Medical and sanitary report on the native army of Bombay for the year
Year: 1878
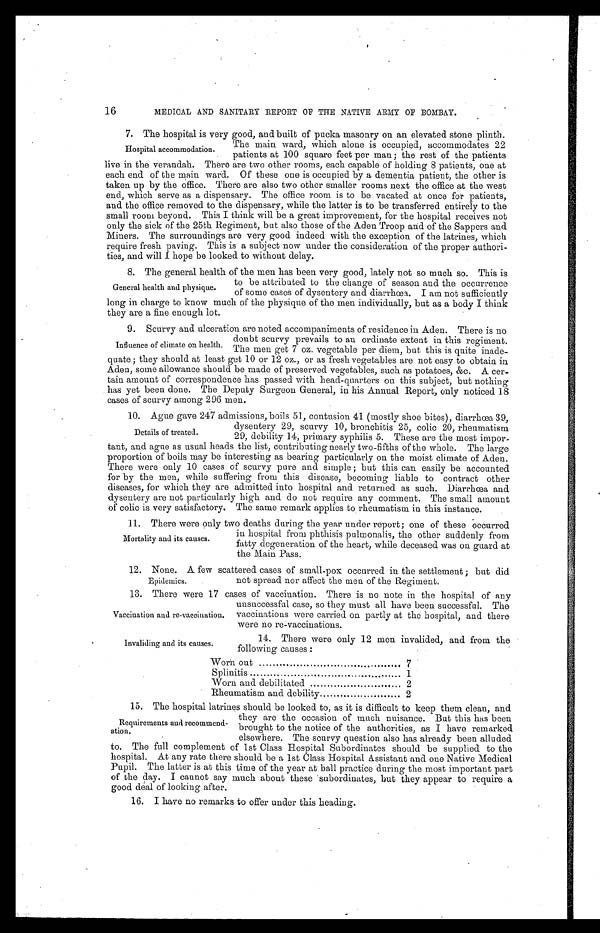
Vaccination and re-vaccination.
Invaliding and its causes.
16
MEDICAL AND SANITARY REPORT OF THE NATIVE ARMY OF BOMBAY.
7. The hospital is very good, and built of pucka masonry on an elevated stone plinth.
The main ward, which alone is occupied, accommodates 22
pa t i e nt s a t , 100 s qua r e f e e t pe r ma n ; t he r e s t of t he pa t i e nt s
live in the verandah. There are two other rooms, each capable of holding 8 patients, one at
each end of the main ward. Of these one is occupied by a dementia patient, the other is
taken up by the office. There are also two other smaller rooms next the office at the west
end, which serve as a dispensary. The office room is to be vacated at once for patients,
and the office removed to the dispensary, while the latter is to be transferred entirely to the
small room beyond. This I think will be a great improvement, for the hospital receives not
only the sick of the 25th Regiment, but also those of the Aden Troop and of the Sappers and
Miners. The surroundings are very good indeed with the exception of the latrines, which
require fresh paving. This is a subject now under the consideration of the proper authori-
ties, and will I hope be looked to without delay.
8. The general health of the men has been very good, lately not so much so. This is
to be attributed to the change of season and the occurrence
of some cases of dysentery and diarrhœa. I am not sufficiently
long in charge to know much of the physique of the men individually, but as a body I think
they are a fine enough lot.
9. Scurvy and ulceration are noted accompaniments of residence in Aden. There is no
Influence of climate on health.
quate ; they should at least get 10 or 12 oz., or as fresh vegetables are not easy to obtain in
Aden, some allowance should be made of preserved vegetables, such as potatoes, &c. A cer-
tain amount of correspondence has passed with head-quarters on this subject, but nothing
has yet been done. The Deputy Surgeon General, in his Annual Report, only noticed 18
cases of scurvy among 296 men.
10. Ague gave 247 admissions, boils 51, contusion 41 (mostly shoe bites), diarrhœa 39,
dysentery 29, scurvy 10, bronchitis 25, colic 20, rheumatism
29, debility 14, primary syphilis 5. These are the most impor--
taut, and ague as usual heads the list, contributing nearly two-fifths of the whole. The large
proportion of boils may be interesting as bearing particularly on the moist climate of Aden.
There were only 10 cases of scurvy pure and simple ; but this can easily be accounted
for by the men, while suffering from this disease, becoming liable to contract other
diseases, for which they are admitted into hospital and returned as such. Diarrhœa and
dysentery are not particularly high and do not require any comment. The small amount
of colic is very satisfactory. The same remark applies to rheumatism in this instance.
11. There were only two deaths during the year under report ; one of these occurred
in hospital from phthisis pulmonalis, the other suddenly from
fatty degeneration of the heart, while deceased was on guard at
the Main Pass.
12. None. A few scattered cases of small-pox occurred in the settlement ; but did
Hospital accommodation.
General health and physique.
doubt scurvy prevails to an ordinate extent in this regiment.
The men get 7 oz. vegetable per diem, but this is quite inade-
Details of treated.
Mortality and its causes.
Epidemics.
not spread nor affect the men of the Regiment.
13. There were 17 cases of vaccination. There is no note in the hospital of any
unsuccessful case, so they must all have been successful. The
vaccinations were carried on partly at the hospital, and there
were no re-vaccinations.
14. There were only 12 men invalided, and from the
following causes :
Worn out
7
Splinitis
1
Worn and debilitated
2
Rheumatism and debility
2
15. The hospital latrines should be looked to, as it is difficult to keep them clean, and
they are the occasion of much nuisance. But this has been
brought to the notice of the authorities, as I have remarked
elsewhere. The scurvy question also has already been alluded
to. The full complement of 1st Class Hospital Subordinates should be supplied to the
hospital. At any rate there should be a 1st Class Hospital Assistant and one Native Medical
Pupil. The latter is at this time of the year at ball practice during the most important part
of the day. I cannot say much about these subordinates, but they appear to require a
good deal of looking after.
16. I have no remarks to offer under this heading.
Requirements and recommend-
ation.